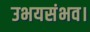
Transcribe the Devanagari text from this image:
उभयसंभव।